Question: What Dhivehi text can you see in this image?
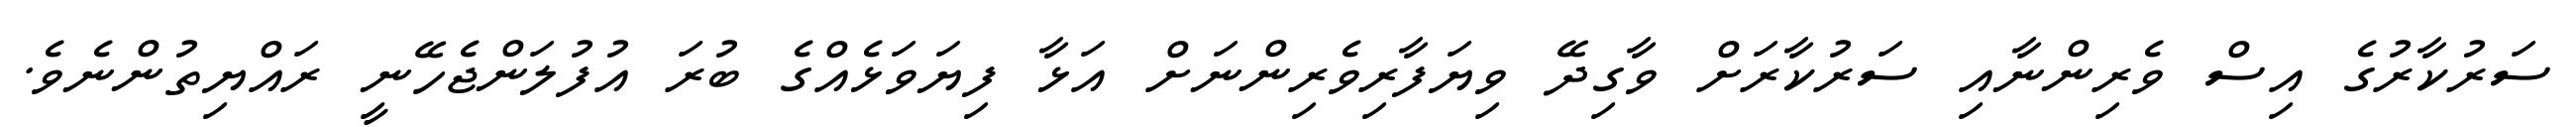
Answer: ސަރުކާރުގެ އިސް ވެރިންނާއި ސަރުކާރަށް ވާގިދޭ ވިޔަފާރިވެރިންނަށް އަޅާ ފިޔަވަޅެއްގެ ބުރަ އުފުލަންޖެހޭނީ ރައްޔިތުންނެވެ.